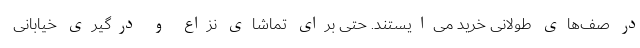
در صف‌های طولانی خرید می‌ایستند. حتی برای تماشای نزاع و درگیری خیابانی